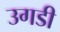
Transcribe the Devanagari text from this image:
उगडी